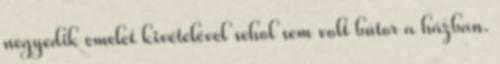
negyedik emelet kivételével sehol sem volt bútor a házban.